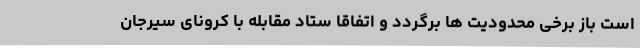
است باز برخی محدودیت ها برگردد و اتفاقا ستاد مقابله با کرونای سیرجان